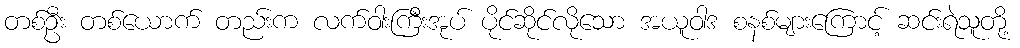
တစ်ဦး တစ်ယောက် တည်းက လက်ဝါးကြီးအုပ် ပိုင်ဆိုင်လိုသော အယူဝါဒ စနစ်များကြောင့် ဆင်းရဲသူတို့